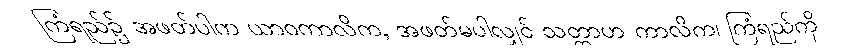
ကြံရည်၌ အဖတ်ပါက ယာဝကာလိက, အဖတ်မပါလျှင် သတ္တာဟ ကာလိက၊ ကြံရည်ကို